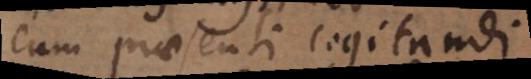
cum praesenti cogitandi